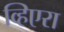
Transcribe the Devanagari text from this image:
व्हिएरा